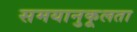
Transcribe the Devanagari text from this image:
समयानुकूलता